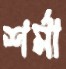
শর্মা